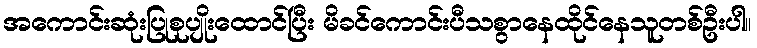
အကောင်းဆုံးပြုစုပျိုးထောင်ပြီး မိခင်ကောင်းပီသစွာနေထိုင်နေသူတစ်ဦးပါ။